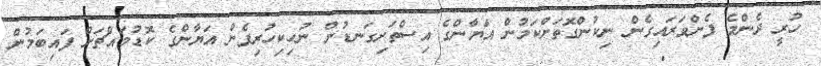
ހުރީ ދެންމެ ފެންވަރައިގެން ނިކުންގޮތަށްކަމުން އަޔާންގެ އިސްތަށިގަނޑުން ނުހިކިހުރިފެން އަޔާންގެ ކޮޑުމައްޗަށް ފައިބަމުން